Newspaper: The news and herald.
Place of publication: Winnsboro, S.C.
Publisher: Jno. S. Reynolds
Date: 1900-12-25 00:00:00
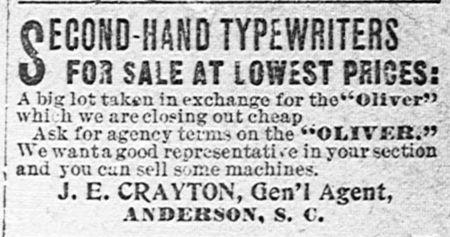
Advertisement text (OCR):
Ab i ECON-H AN TYPEWITf.88 FO~I SALE AT LOWEST PRICESz g lot taken in exchange for the"Ollver) :h we are closing out cheap sk for agency terms on th'OLIVEEs*9 want a good representati .-e in your section you can sell s'ome machines. .. E. cR AYTON, Gen'l Agent, ANDERSON, S.
Label: text-only